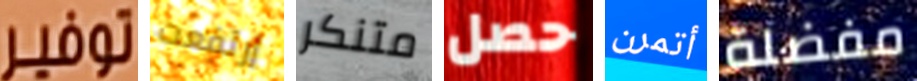
توفير إرتفعت متنكر حصل أتمرن مفضلة